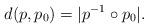
LaTeX: \begin{align*}d(p,p_0) = |p^{-1} \circ p_0|.\end{align*}